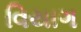
વિયાગ